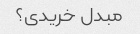
مبدل خریدی؟